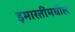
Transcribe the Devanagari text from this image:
इमारतींमधील